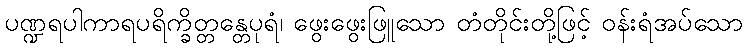
ပဏ္ဍရပါကာရပရိက္ခိတ္တန္တေပုရံ၊ ဖွေးဖွေးဖြူသော တံတိုင်းတို့ဖြင့် ဝန်းရံအပ်သော